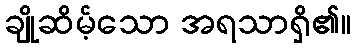
ချိုဆိမ့်သော အရသာရှိ၏။